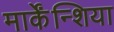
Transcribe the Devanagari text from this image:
मार्केंन्शिया